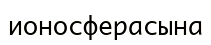
ионосферасына